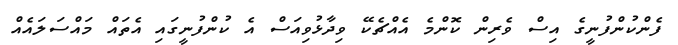
ފެންކުންފުނީގެ އިސް ވެރިން ކޮންމެ އެއްޗެކޭ ވިދާޅުވިއަސް އެ ކުންފުނީގައި އެތައް މައްސަލައެއް